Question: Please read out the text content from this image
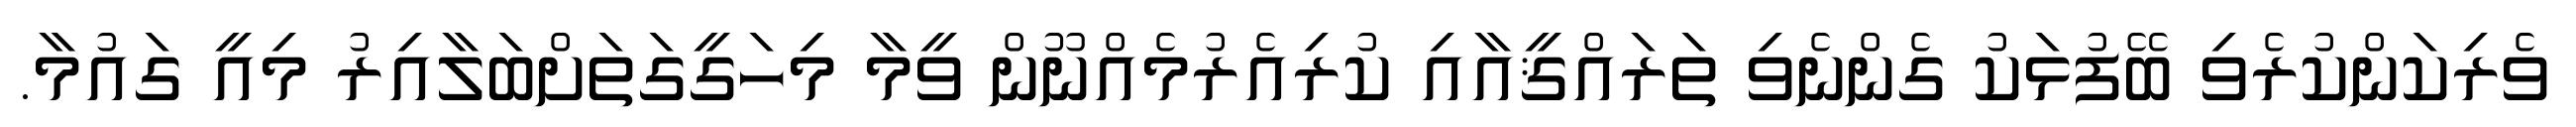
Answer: ވެރިކަންކުރެވި ބޭފުޅަކު ގެންނެވި ތަރައްޤީއާއި ކުރިއެރުމެއްނޫން ވީމާ މިހަގީގަތަށްބަލާއިރު މިއީ ގައުމާ.